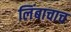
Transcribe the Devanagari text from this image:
लिंबाचाच